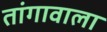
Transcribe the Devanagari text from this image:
तांगावाला